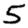
Digit: 5